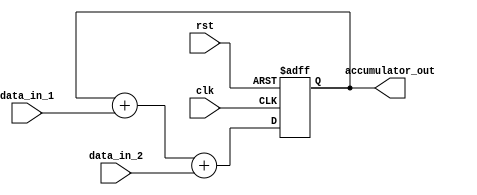
module parallel_accumulator (
    input wire clk,
    input wire rst,
    input wire [31:0] data_in_1,
    input wire [31:0] data_in_2,
    output wire [31:0] accumulator_out
);

reg [31:0] accumulator_reg;

always @(posedge clk or posedge rst) begin
    if (rst) begin
        accumulator_reg <= 32'b0;
    end else begin
        accumulator_reg <= accumulator_reg + data_in_1 + data_in_2;
    end
end

assign accumulator_out = accumulator_reg;

endmodule